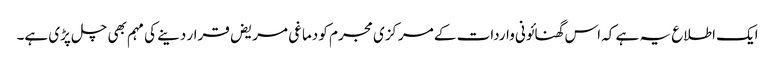
ایک اطلاع یہ ہے کہ اس گھنائونی واردات کے مرکزی مجرم کو دماغی مریض قرار دینے کی مہم بھی چل پڑی ہے۔